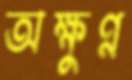
অক্ষুণ্ন